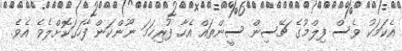
އެކަމަކު ވެސް ފިލްމުގެ ޗޭސިން ސީންތައް އެހާ ފުރިހަމަ ނޫންކަން ފާހަގަކޮށްލެވެ އެވެ.